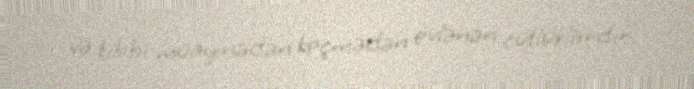
və tibbi müayinədən keçmədən evlənən cütlüklərdir.